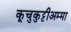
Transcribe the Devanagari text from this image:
कूचुकुट्टीअम्मा